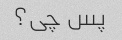
پس چی؟